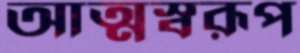
আত্মস্বরূপ